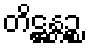
တိဋ္ဌန္တဉ္စ